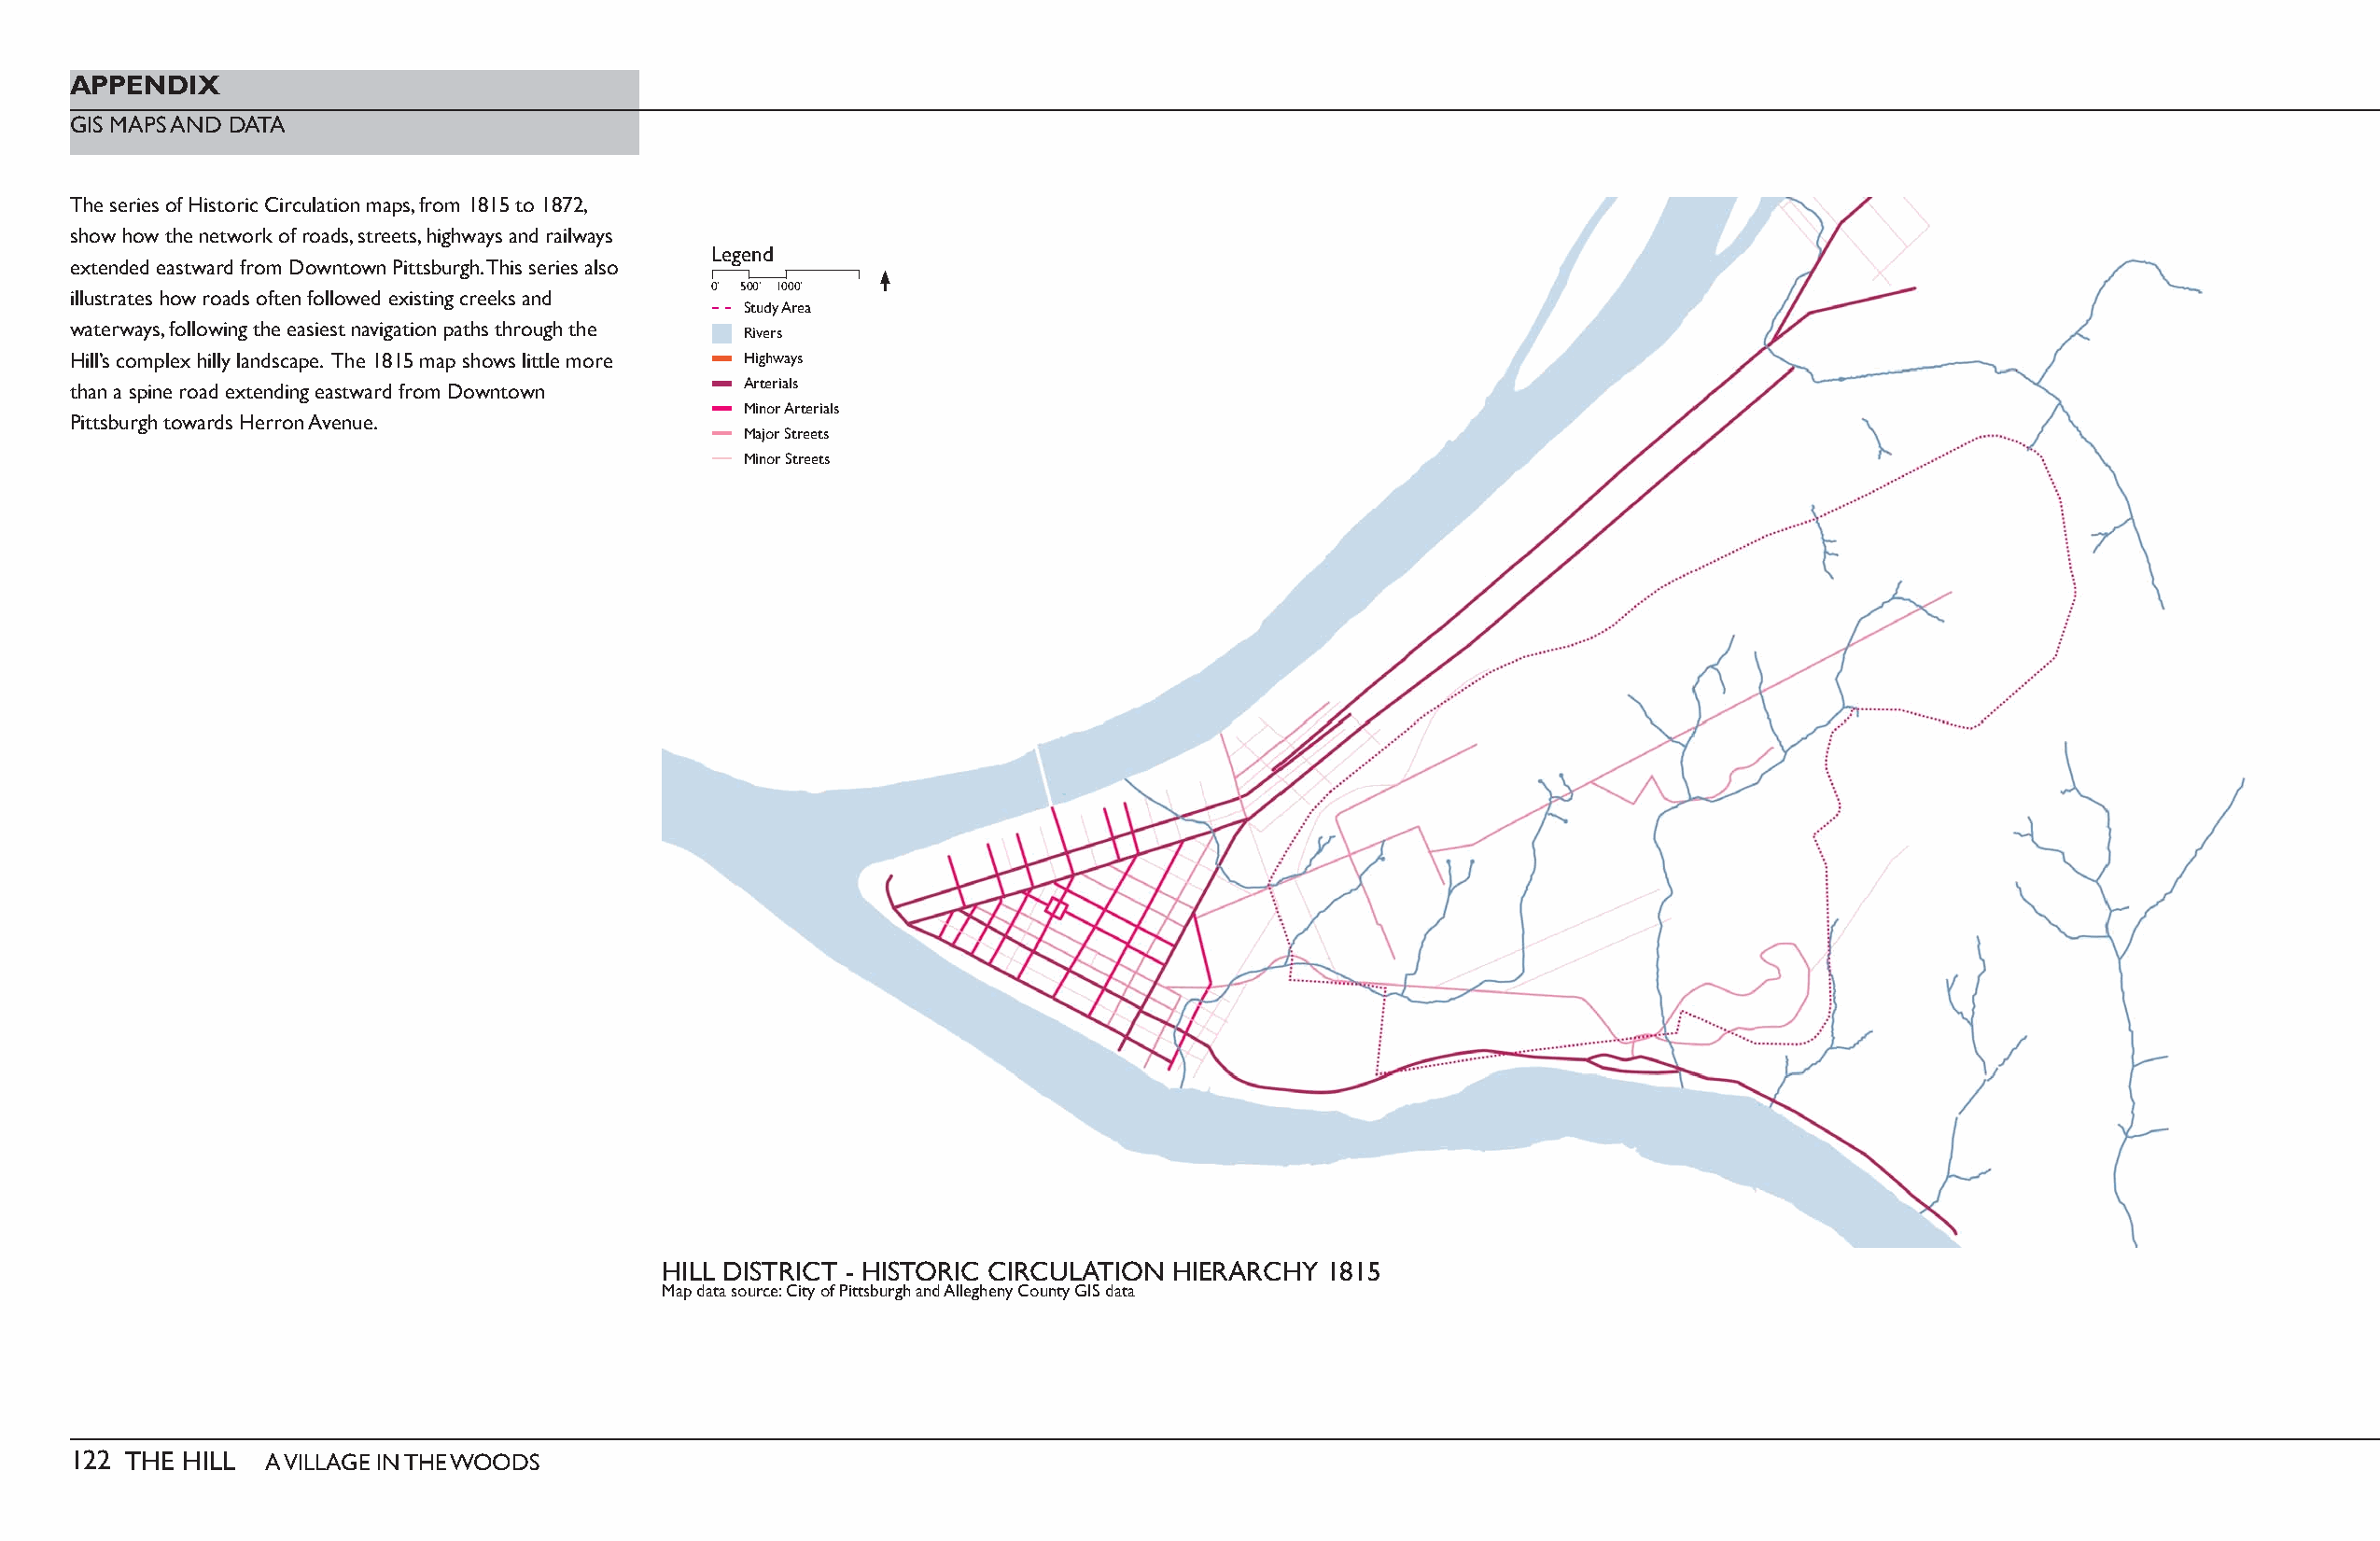
APPENDIX
 GIS MAPS AND DATA
 The series of Historic Circulation maps, from 1815 to 1872,
 show how the network of roads, streets, highways and railways
 Legend
 extended eastward from Downtown Pittsburgh. This series also
 0’ 500’ 1000’
 illustrates how roads often followed existing creeks and
 Study Area
 waterways, following the easiest navigation paths through the
 Rivers
 Hill’s complex hilly landscape. The 1815 map shows little more Highways
 Arterials
 than a spine road extending eastward from Downtown
 Minor Arterials
 Pittsburgh towards Herron Avenue.
 Major Streets
 Minor Streets
 HILL DISTRICT - HISTORIC CIRCULATION HIERARCHY 1815
 Map data source: City of Pittsburgh and Allegheny County GIS data
 122 THE HILL  A VILLAGE IN THE WOODS